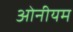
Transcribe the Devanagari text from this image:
ओनीयम